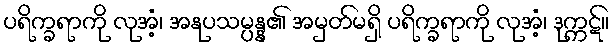
ပရိက္ခရာကို လုအံ့၊ အနုပသမ္ပန္န၏ အမှတ်မရှိ ပရိက္ခရာကို လုအံ့၊ ဒုက္ကဋ်။